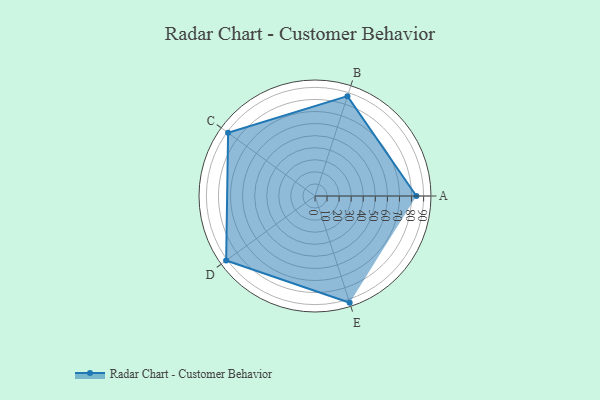
{"axis": {"x": "Skill", "y": "Score"}, "legend": ["Profile"], "data": [{"x": "A", "y": 84.0, "type": "Profile"}, {"x": "B", "y": 87.0, "type": "Profile"}, {"x": "C", "y": 89.0, "type": "Profile"}, {"x": "D", "y": 91.0, "type": "Profile"}, {"x": "E", "y": 93.0, "type": "Profile"}]}